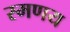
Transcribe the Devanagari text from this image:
स्मणय